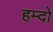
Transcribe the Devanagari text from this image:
हम्दो